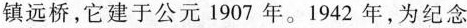
镇远桥，它建于公元1907年。1942年，为纪念